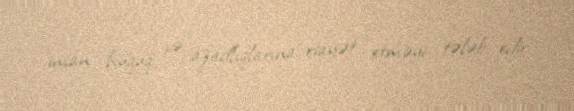
insan hüquq və azadlıqlarına riayət etməyi tələb edir.